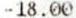
-18.00